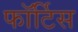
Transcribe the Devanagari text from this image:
फॉर्टिस